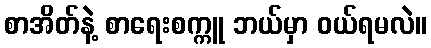
စာအိတ်နဲ့ စာရေးစက္ကူ ဘယ်မှာ ဝယ်ရမလဲ။